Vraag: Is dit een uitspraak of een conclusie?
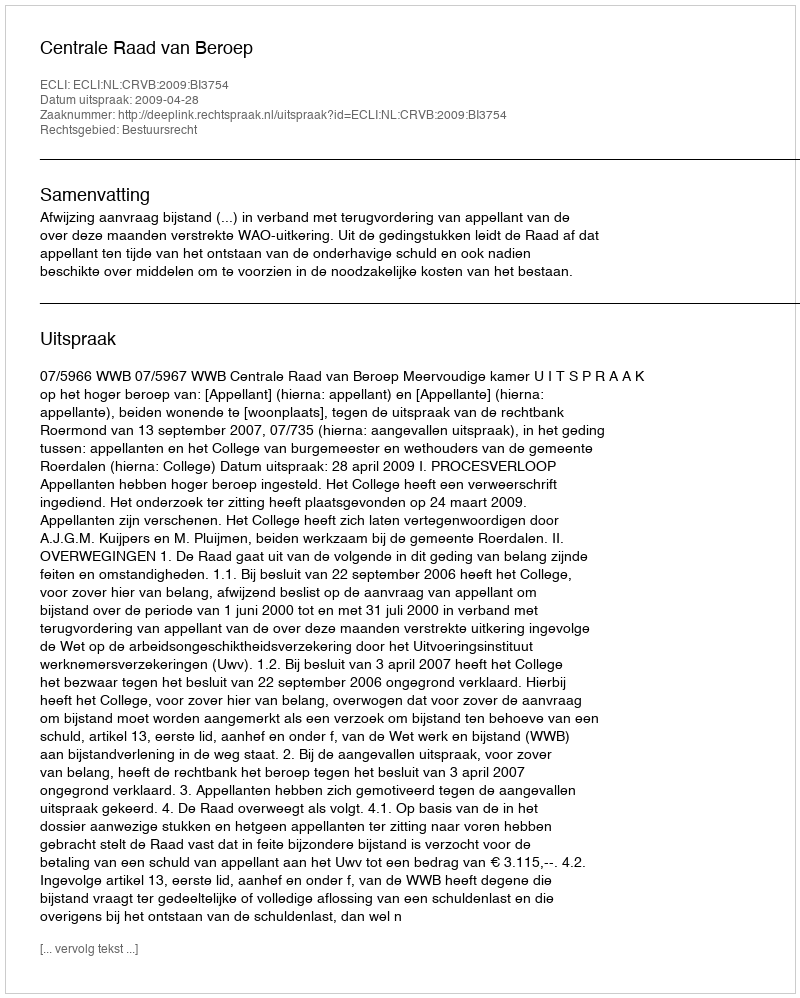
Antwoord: Uitspraak